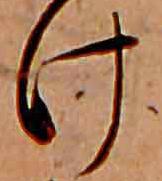
け